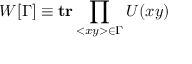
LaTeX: W [ \Gamma ] \equiv \mathrm { \bf t r } \prod _ { < x y > \in \Gamma } U ( x y )